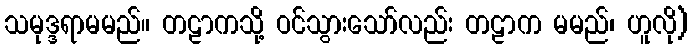
သမုဒ္ဒရာမမည်။ တဠာကသို့ ဝင်သွားသော်လည်း တဠာက မမည်၊ ဟူလို)